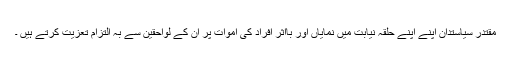
مقتدر سیاستدان اپنے اپنے حلقہ نیابت میں نمایاں اور بااثر افراد کی اموات پر اُن کے لواحقین سے بہ التزام تعزیت کرتے ہیں ۔